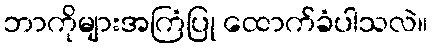
ဘာကိုများအကြံပြု ထောက်ခံပါသလဲ။